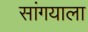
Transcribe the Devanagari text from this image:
सांगयाला